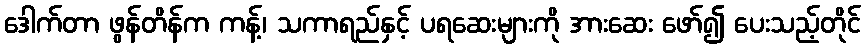
ဒေါက်တာ ဖွန်တိန်က ကန့်၊ သကာရည်နှင့် ပရဆေးများကို အားဆေး ဖော်၍ ပေးသည့်တိုင်